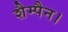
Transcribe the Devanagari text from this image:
शैम्पैन।